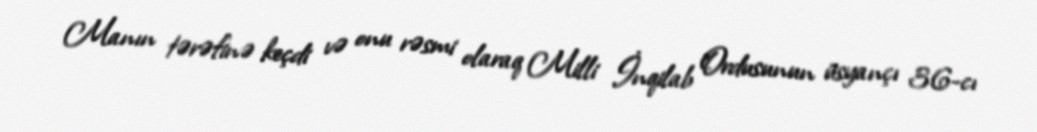
Manın tərəfinə keçdi və onu rəsmi olaraq Milli İnqilab Ordusunun üsyançı 36-cı